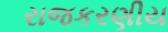
રાજકરણીય